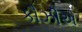
કૌઝીએ